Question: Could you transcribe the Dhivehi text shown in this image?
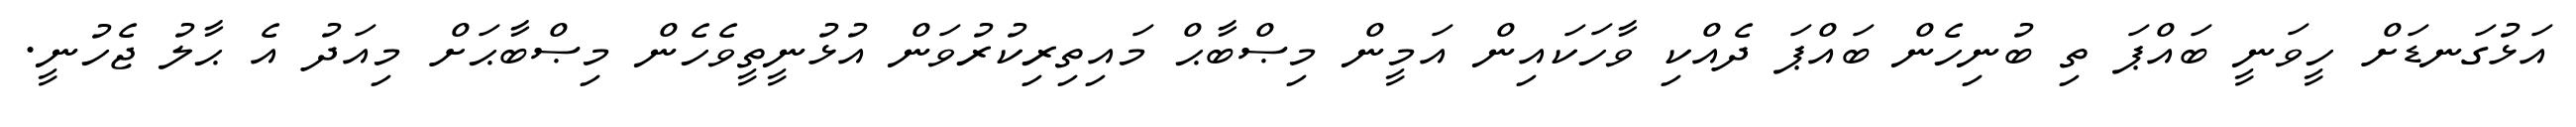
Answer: އަޅުގަނޑަށް ހީވަނީ ބައްޕަ ތި ބުނިހެން ބައްޕަ ދެއްކި ވާހަކައިން އަމީން މިޞްބާޙް މައިތިރިކުރުވަން އުޅުނީތީވެހެން މިޞްބާޙަށް މިއަދު އެ ޙާލު ޖެހުނީ.